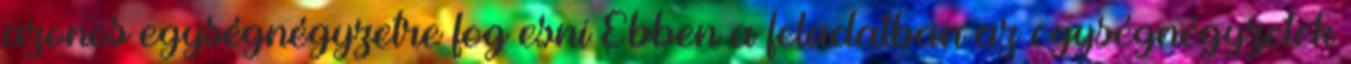
azonos egységnégyzetre fog esni Ebben a feladatban az egységnégyzetek